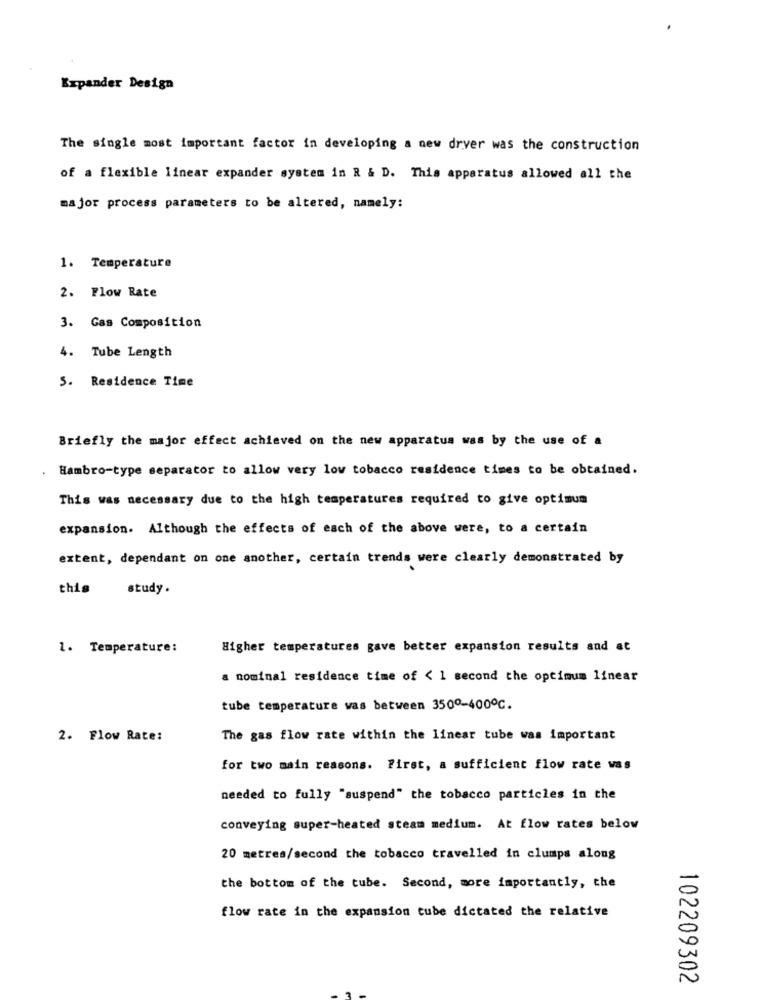
Expander Design
The single most important factor in developing a new dryer was the construction
of a flexible linear expander system in R & D. This apparatus allowed all the
major process parameters to be altered, namely:
1. Temperature
2. Flow Rate
3. Gas Composition
4. Tube Length
5. Residence Time
Briefly the major effect achieved on the new apparatus was by the use of a
. Hambro-type separator to allow very low tobacco residence times to be obtained.
This was necessary due to the high temperatures required to give optimum
expansion. Although the effects of each of the above were, to a certain
extent, dependant on one another, certain trends were clearly demonstrated by
this
study.
1. Temperature:
Higher temperatures gave better expansion results and at
a nominal residence time of < 1 second the optimum linear
tube temperature was between 3500-400℃.
2. Flow Rate:
The gas flow rate within the linear tube was important
for two main reasons. First, a sufficient flow rate was
needed to fully "suspend" the tobacco particles in the
conveying super-heated steam medium. At flow rates below
20 metres/second the tobacco travelled in clumps along
the bottom of the tube. Second, more importantly, the
flow rate in the expansion tube dictated the relative
102209302